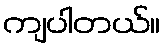
ကျပါတယ်။